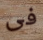
فى